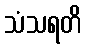
သံသရတိ